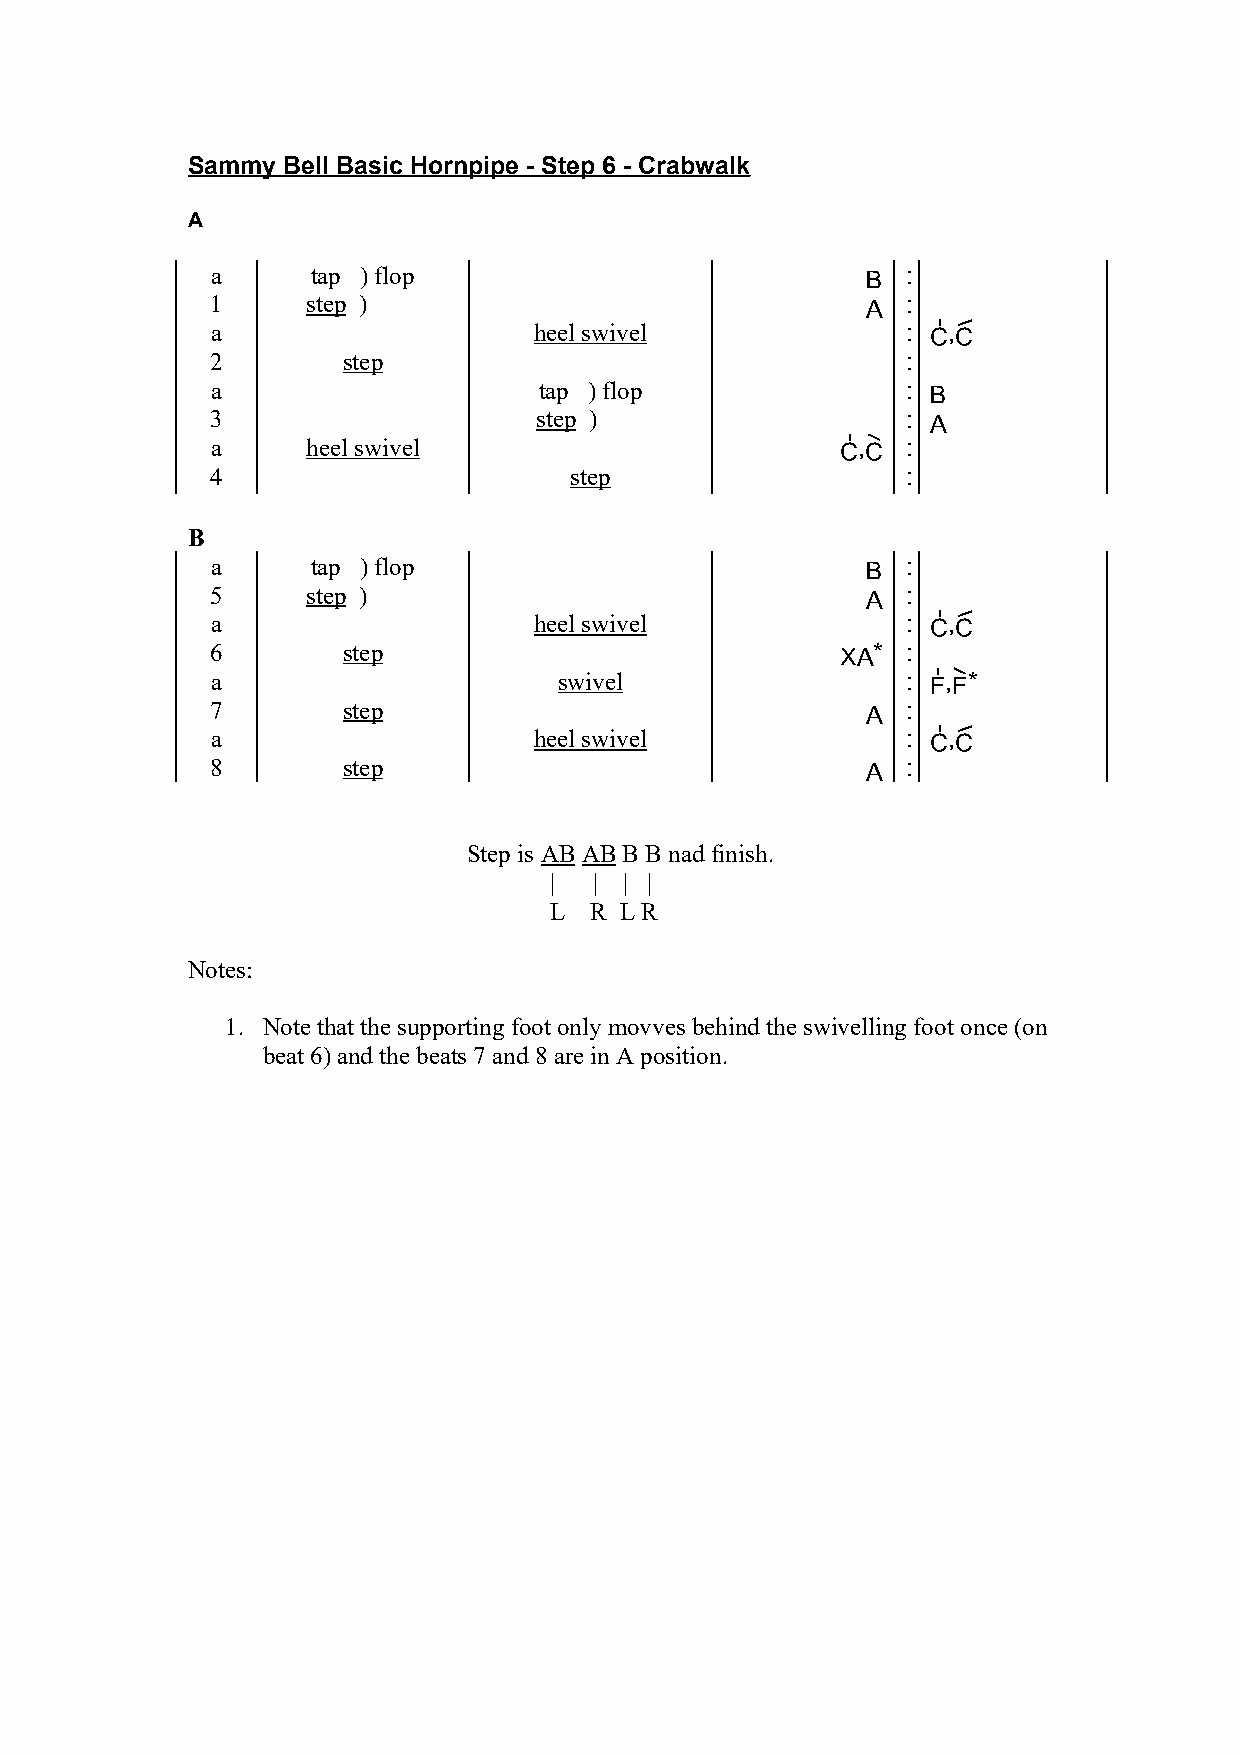
Sammy  Bell Basic Hornpipe - Step 6 - Crabwalk
 A
 a      tap ) flop                          b  :
 1     step )                               a  :
 a                    heel swivel              : £,3
 2        step                                 :
 a                     tap ) flop              : b
 3                    step )                   : a
 a     heel swivel                         £,C :
 4                       step                  :
 B
 a      tap ) flop                          b  :
 5     step )                               a  :
 a                    heel swivel              : £,3
 6        step                             Xa* :
 a                      swivel                 : ^,F*
 7        step                              a  :
 a                    heel swivel              : £,3
 8        step                              a  :
 Step is AB AB B B nad finish.
 |  | | |
 L  R L R
 Notes:
 1. Note that the supporting foot only movves behind the swivelling foot once (on
 beat 6) and the beats 7 and 8 are in A position.